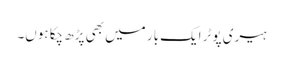
ہیری پوٹر ایک بار میں بھی پڑھ چکا ہوں۔